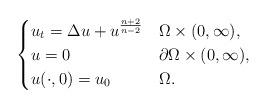
LaTeX: \begin{align*}\begin{cases}u_t = \Delta u + u^{\frac{n+2}{n-2}}&\Omega\times (0, \infty),\\u = 0&\partial \Omega\times (0, \infty),\\u(\cdot, 0) = u_0&\Omega.\end{cases}\end{align*}